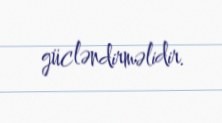
gücləndirməlidir.